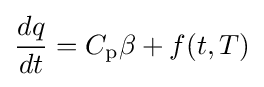
{dq \over dt}=C_{\text{p}}\beta +f(t,T)